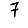
Digit: 7